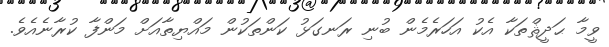
ވީމާ ޙަދީޘްތަކާ އެކު އަހަރެމެން ބުނި ރަނގަޅު ކަންތަކުން މައްޔިތާއަށް މަންފާ ކުރާނެއެވެ.